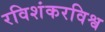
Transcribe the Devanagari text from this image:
रविशंकरविश्व